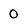
Character: 0